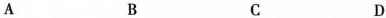
A B C D